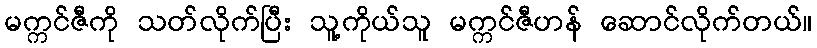
မက္ကင်ဇီကို သတ်လိုက်ပြီး သူ့ကိုယ်သူ မက္ကင်ဇီဟန် ဆောင်လိုက်တယ်။